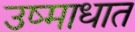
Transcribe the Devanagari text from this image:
उष्माधात